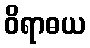
ဝိရာဓယ